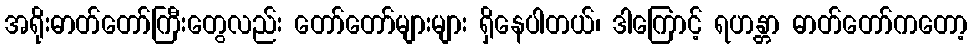
အရိုးဓာတ်တော်ကြီးတွေလည်း တော်တော်များများ ရှိနေပါတယ်၊ ဒါကြောင့် ရဟန္တာ ဓာတ်တော်ကတော့